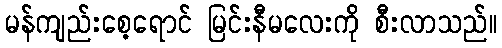
မန်ကျည်းစေ့ရောင် မြင်းနီမလေးကို စီးလာသည်။